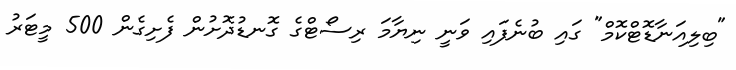
"ބިލިއަނާޑޮޓްކޮމް" ގައި ބުނެފައި ވަނީ ނިޔާމަ ރިސޯޓްގެ ގޮނޑުދޮށުން ފެށިގެން 500 މީޓަރު